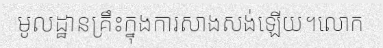
មូលដ្ឋានគ្រឹះក្នុងការសាងសង់ឡើយ។លោក